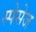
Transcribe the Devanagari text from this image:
स्पेसेज